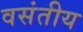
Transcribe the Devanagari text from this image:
वसंतीय